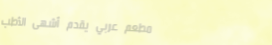
مطعم عربي يقدم أشهى الأطب